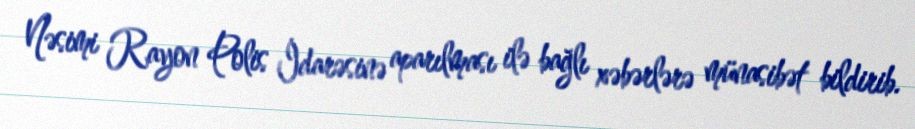
Nəsimi Rayon Polis İdarəsinə aparılması ilə bağlı xəbərlərə münasibət bildirib.